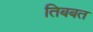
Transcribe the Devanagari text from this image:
तिबबत